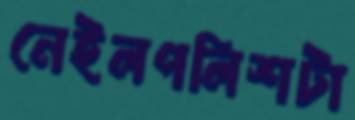
নেইলপলিশটা